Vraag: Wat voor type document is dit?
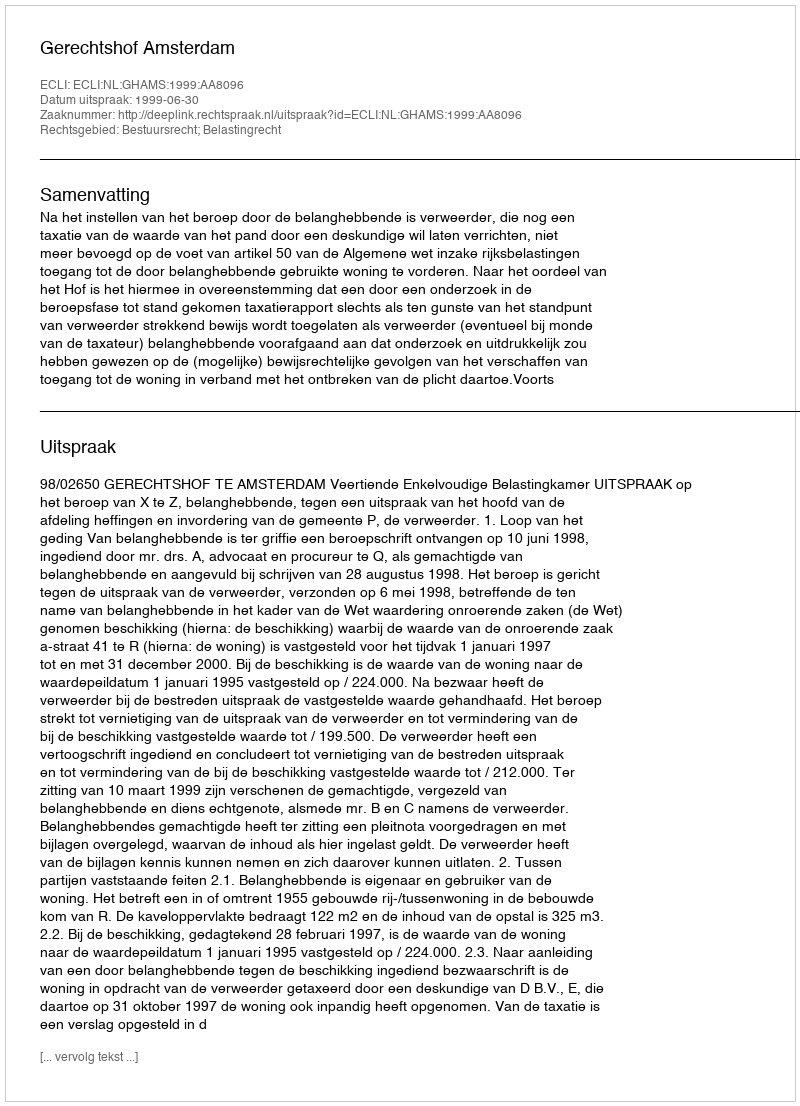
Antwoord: Uitspraak